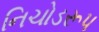
નિચોડરૂપ